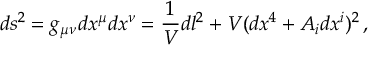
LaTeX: d s ^ { 2 } = g _ { \mu \nu } d x ^ { \mu } d x ^ { \nu } = \frac { 1 } { V } d l ^ { 2 } + V ( d x ^ { 4 } + A _ { i } d x ^ { i } ) ^ { 2 } \, ,